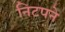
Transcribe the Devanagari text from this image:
निटपने